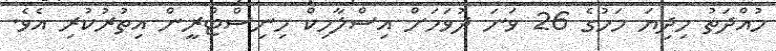
މުއްދަތު މިދިޔަ މަހުގެ 26 ވަނަ ދުވަހަށް އިސްލާމިކް މިނިސްޓްރީން އިތުރުކުރި އެވެ.